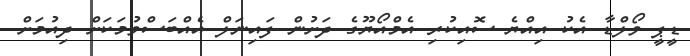
ޑީޕީ ވޯލްޑާ އެކު އިއްޔެ ސޮއިކުރި އެމްއޯޔޫގެ ދަށުން ފައިނަލް އެއްބަސްވުމަކަށް ދިއުމަށް